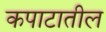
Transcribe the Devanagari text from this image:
कपाटातील